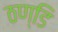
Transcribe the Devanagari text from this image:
ठण्डि